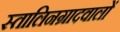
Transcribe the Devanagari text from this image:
स्तालिनग्रादवालों